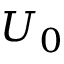
U _ { 0 }